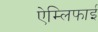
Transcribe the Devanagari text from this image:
ऐम्लिफाई